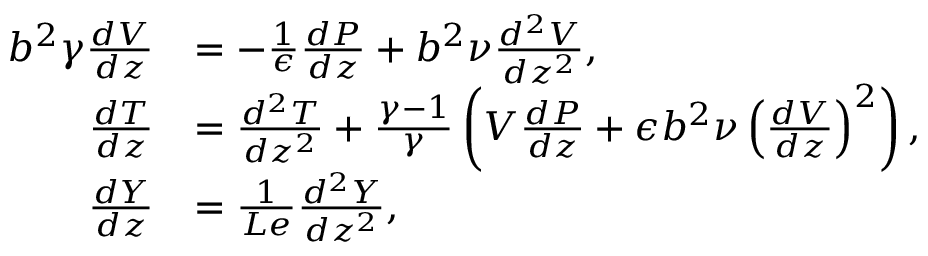
\begin{array} { r l } { b ^ { 2 } \gamma \frac { d V } { d z } } & { = - \frac { 1 } { \epsilon } \frac { d P } { d z } + b ^ { 2 } \nu \frac { d ^ { 2 } V } { d z ^ { 2 } } , } \\ { \frac { d T } { d z } } & { = \frac { d ^ { 2 } T } { d z ^ { 2 } } + \frac { \gamma - 1 } { \gamma } \left( V \frac { d P } { d z } + \epsilon b ^ { 2 } \nu \left( \frac { d V } { d z } \right) ^ { 2 } \right) , } \\ { \frac { d Y } { d z } } & { = \frac { 1 } { L e } \frac { d ^ { 2 } Y } { d z ^ { 2 } } , } \end{array}